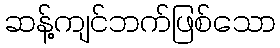
ဆန့်ကျင်ဘက်ဖြစ်သော